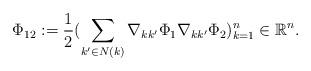
LaTeX: \begin{align*}\Phi_{12}:=\frac{1}{2}(\sum_{k'\in N(k)}\nabla_{kk'}\Phi_1\nabla_{kk'}\Phi_2)_{k=1}^n\in \mathbb{R}^n.\end{align*}